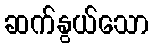
ဆက်နွယ်သော